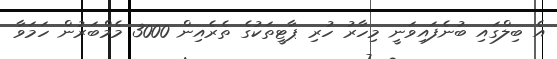
އެ ބިލްގައި ބުނެފައިވަނީ މިހާރު ހުރި ޕާޓީތަކުގެ ތެރެއިން 3000 މެމްބަރުން ހަމަވާ